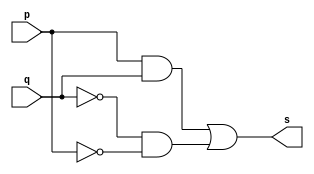
// -------------------------
// Exercicio0007 - XNOR
// Nome: Breno Macena Pereira de Souza
// -------------------------

// -------------------------
// -- xor gate
// -------------------------
module xnorgate (output s, input p, input q);
assign s = p & q | ~q & ~p;
endmodule // xnorgate

// -------------------------
// -- test xnor gate
// -------------------------
module testxnorgate;
// ------------------------- dados locais
reg a, b;
wire s;
// ------------------------- instncia
xnorgate XNOR1 (s, a, b);
// ------------------------- preparao
initial begin:start
a=0; 
b=0; 
end

// ------------------------- parte principal
initial begin:main
     $display("Exerccio 0007 - Breno Macena - 462017");
     $display("Test XOR gate:");
     $display("\n~a & b | ~b & a = s\n");
     $monitor("%b & %b | ~%b & ~%b = %b", a, b, b, a, s);
#1   a=0; b=0;
#1   a=0; b=1;
#1   a=1; b=0;
#1   a=1; b=1;

end
endmodule // testxorgate